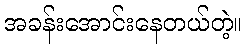
အခန်းအောင်းနေတယ်တဲ့။